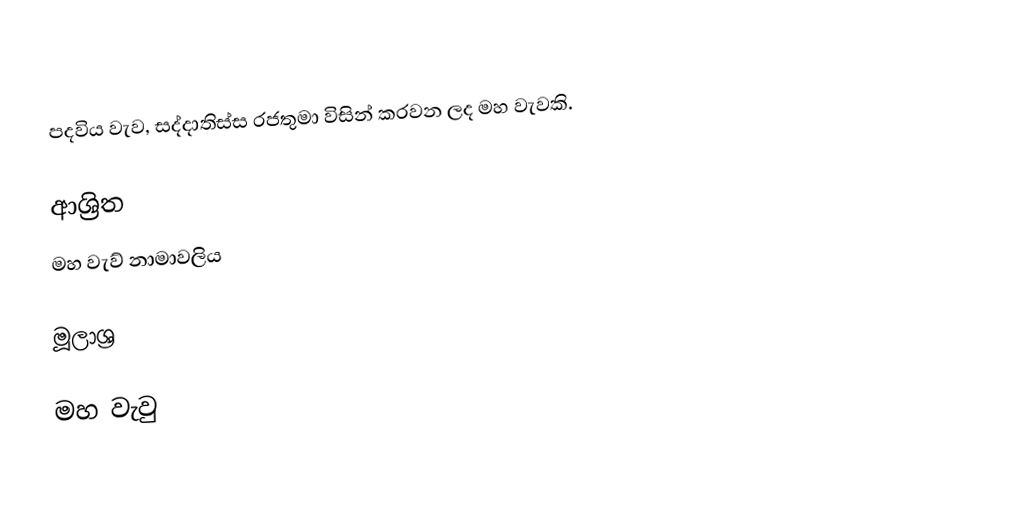
පදවිය වැව, සද්දාතිස්ස රජතුමා විසින් කරවන ලද මහ වැවකි.

ආශ්‍රිත
 මහ වැව් නාමාවලිය

මූලාශ්‍ර

මහ වැවු